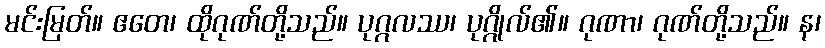
မင်းမြတ်။ ဧတေ၊ ထိုဂုဏ်တို့သည်။ ပုဂ္ဂလဿ၊ ပုဂ္ဂိုလ်၏။ ဂုဏာ၊ ဂုဏ်တို့သည်။ န၊